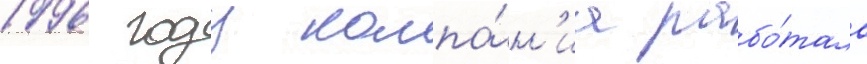
1996 году компа́н'иа рабо́тала